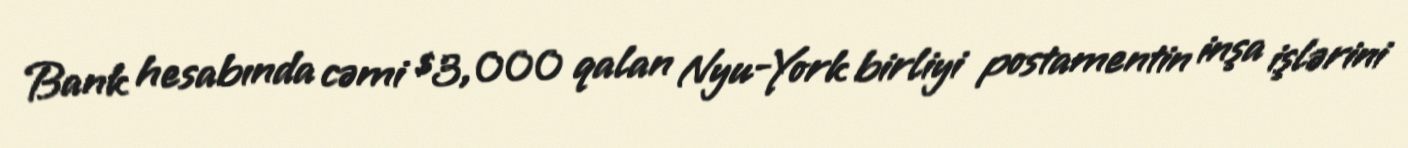
Bank hesabında cəmi $3,000 qalan Nyu-York birliyi postamentin inşa işlərini